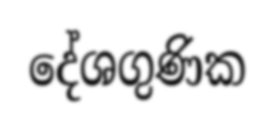
දේශගුණික